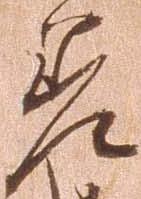
差